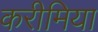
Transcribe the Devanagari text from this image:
करीमिया